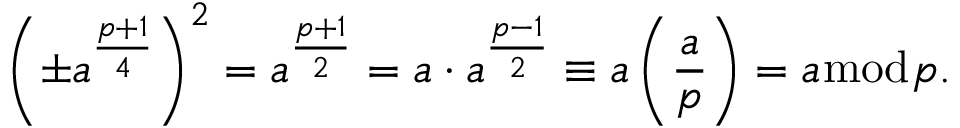
\left( \pm a ^ { \frac { p + 1 } { 4 } } \right) ^ { 2 } = a ^ { \frac { p + 1 } { 2 } } = a \cdot a ^ { \frac { p - 1 } { 2 } } \equiv a \left( { \frac { a } { p } } \right) = a { \bmod { p } } .